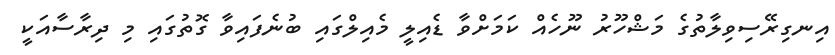
އިނގިރޭސިވިލާތުގެ މަޝްހޫރު ނޫހެއް ކަމަށްވާ ޑެއިލީ މެއިލްގައި ބުނެފައިވާ ގޮތުގައި މި ދިރާސާއަކީ